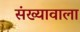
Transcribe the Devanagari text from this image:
संख्यावाला